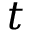
t